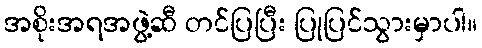
အစိုးအရအဖွဲ့ဆီ တင်ပြပြီး ပြုပြင်သွားမှာပါ။